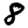
Digit: 8